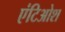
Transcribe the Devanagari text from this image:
एंटिओश